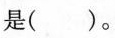
是( )。